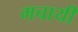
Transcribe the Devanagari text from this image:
मचायी